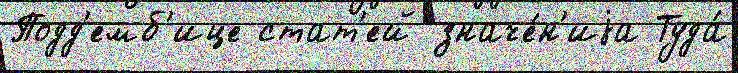
Подд'емб'ице стат'ей значе́н'иjа Туда́